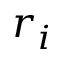
r _ { i }